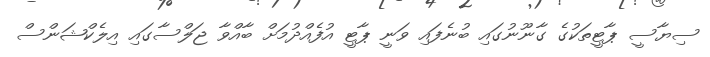
ސިޔާސީ ޕާޓީތަކުގެ ގާނޫނުގައި ބުނެފައި ވަނީ ޕާޓީ އުފެއްދުމަށް ބާއްވާ ޖަލްސާގައި އިލެކްޝަންސް